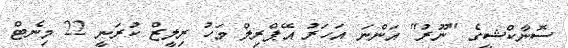
ސޮނާކްޝީގެ "ނޫރު" އަންނަ އަހަރު އޭޕްރިލް މަހު ރިލީޒް ކުރަނީ 22 މިނެޓް